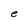
Character: e